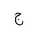
Letter: _gim